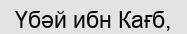
Үбәй ибн Кағб,